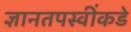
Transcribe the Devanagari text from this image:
ज्ञानतपस्वींकडे